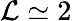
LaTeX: \mathcal{L}\simeq2